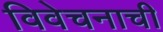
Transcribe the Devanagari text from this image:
विवेचनाची